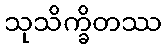
သုသိက္ခိတဿ